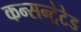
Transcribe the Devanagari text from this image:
कन्सन्ट्रेटेड